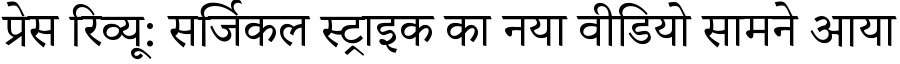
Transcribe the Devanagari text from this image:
प्रेस रिव्यू: सर्जिकल स्ट्राइक का नया वीडियो सामने आया